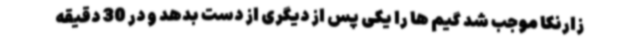
زارنکا موجب شد گیم ها را یکی پس از دیگری از دست بدهد و در 30 دقیقه